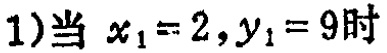
1)当 \(x_{1}=2,y_{1}=9\)时